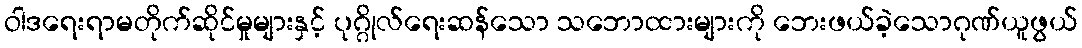
ဝါဒရေးရာမတိုက်ဆိုင်မှုများနှင့် ပုဂ္ဂိုလ်ရေးဆန်သော သဘောထားများကို ဘေးဖယ်ခဲ့သောဂုဏ်ယူဖွယ်